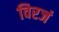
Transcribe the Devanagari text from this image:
विरजं